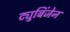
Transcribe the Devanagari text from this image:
ट्युबिंजेन